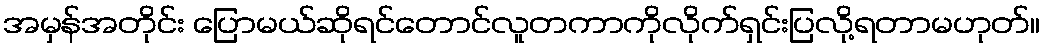
အမှန်အတိုင်း ပြောမယ်ဆိုရင်တောင်လူတကာကိုလိုက်ရှင်းပြလို့ရတာမဟုတ်။